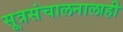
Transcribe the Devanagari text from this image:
सूत्रसंचालनालाही